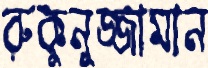
রুকুনুজ্জামান